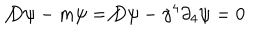
LaTeX: \not { D } \psi - m \psi = \not { D } \psi - \gamma ^ { 4 } \partial _ { 4 } \psi = 0